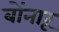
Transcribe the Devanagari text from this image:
बोंनारू